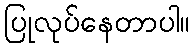
ပြုလုပ်နေတာပါ။